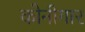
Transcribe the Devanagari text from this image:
कोनीगार